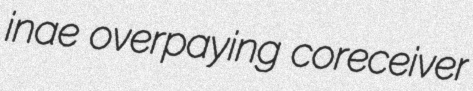
inae overpaying coreceiver